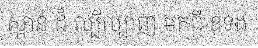
ស្ពាន់ ដ៏ ល្បីល្បាញ មកពី ឧទង